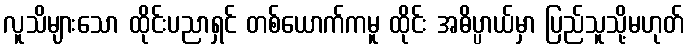
လူသိများသော ထိုင်းပညာရှင် တစ်ယောက်ကမူ ထိုင်း အဓိပ္ပာယ်မှာ ပြည်သူသို့မဟုတ်